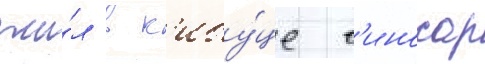
жи́л в к'ибу́це г'иносар